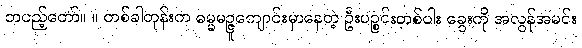
တပည့်တော်။ ။ တစ်ခါတုန်းက ဓမ္မမဉ္ဇူကျောင်းမှာနေတဲ့ ဦးပဉ္စင်းတစ်ပါး ခွေးကို အလွန်အမင်း